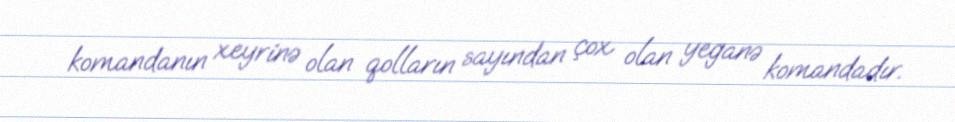
komandanın xeyrinə olan qolların sayından çox olan yeganə komandadır.